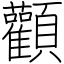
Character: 顴